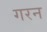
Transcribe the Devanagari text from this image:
गरन